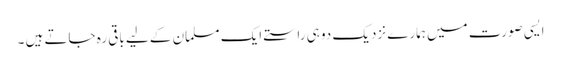
ایسی صورت میں ہمارے نزدیک دو ہی راستے ایک مسلمان کے لیے باقی رہ جاتے ہیں ۔